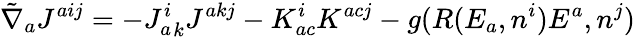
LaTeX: {\tilde{\nabla}}_{a}J^{aij}=-{J_{a}^{i}}_{k}{J^{akj}}-K_{ac}^{i}K^{acj}-g(R(E_{a},n^{i})E^{a},n^{j})